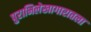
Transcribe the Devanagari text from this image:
पुराभिलेखागारातला